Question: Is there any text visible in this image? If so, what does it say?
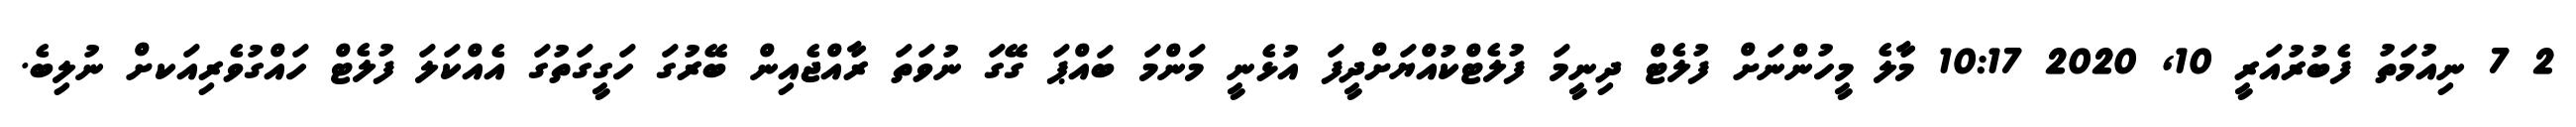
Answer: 2 7 ނިއުމަތު ފެބުރުއަރީ 10, 2020 10:17 މާލެ މީހުންނަށް ފުލެޓް ދިނީމަ ފުލެޓްކުއްޔަށްދީފަ އުޅެނީ މަންމަ ބައްޕަ ގޭގަ ނުވަތަ ރާއްޖެއިން ބޭރުގަ ހަގީގަތުގަ އެއްކަލަ ފުލެޓް ހައްގުވެރިއަކށް ނުލިބެ.